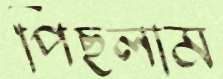
পিছলাম